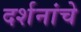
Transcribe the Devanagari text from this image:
दर्शनांचे